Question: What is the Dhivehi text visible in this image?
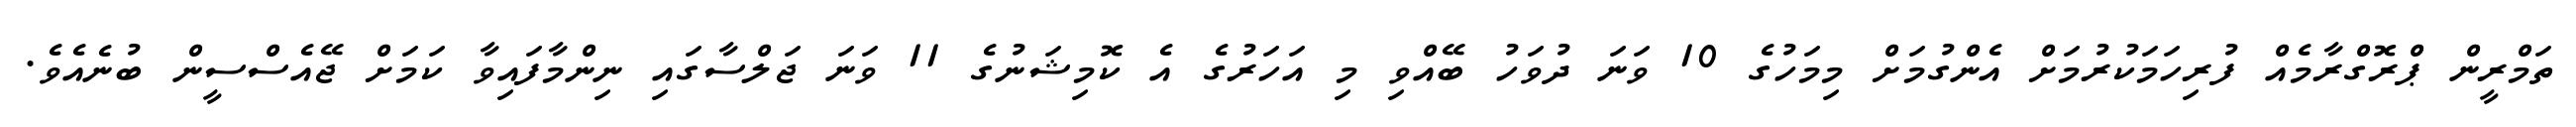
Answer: ތަމްރީން ޕްރޮގްރާމެއް ފުރިހަމަކުރުމަށް އެންގުމަށް މިމަހުގެ 10 ވަނަ ދުވަހު ބޭއްވި މި އަހަރުގެ އެ ކޮމިޝަނުގެ 11 ވަނަ ޖަލްސާގައި ނިންމާފައިވާ ކަމަށް ޖޭއެސްސީން ބުނެއެވެ.